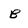
Character: B